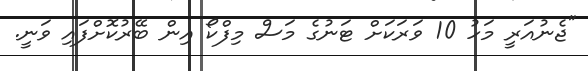
"ޖެނުއަރީ މަހު 10 ވަރަކަށް ޓަނުގެ މަސް މިފްކޯ އިން ބޭރުކޮށްފައި ވަނީ.